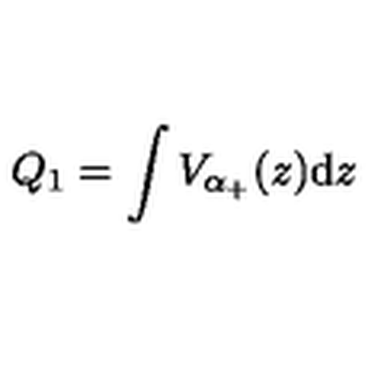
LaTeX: Q _ { 1 } = \int V _ { \alpha _ { + } } ( z ) \mathrm { d } z